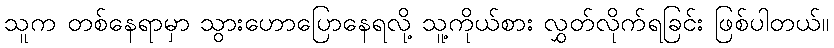
သူက တစ်နေရာမှာ သွားဟောပြောနေရလို့ သူ့ကိုယ်စား လွှတ်လိုက်ရခြင်း ဖြစ်ပါတယ်။